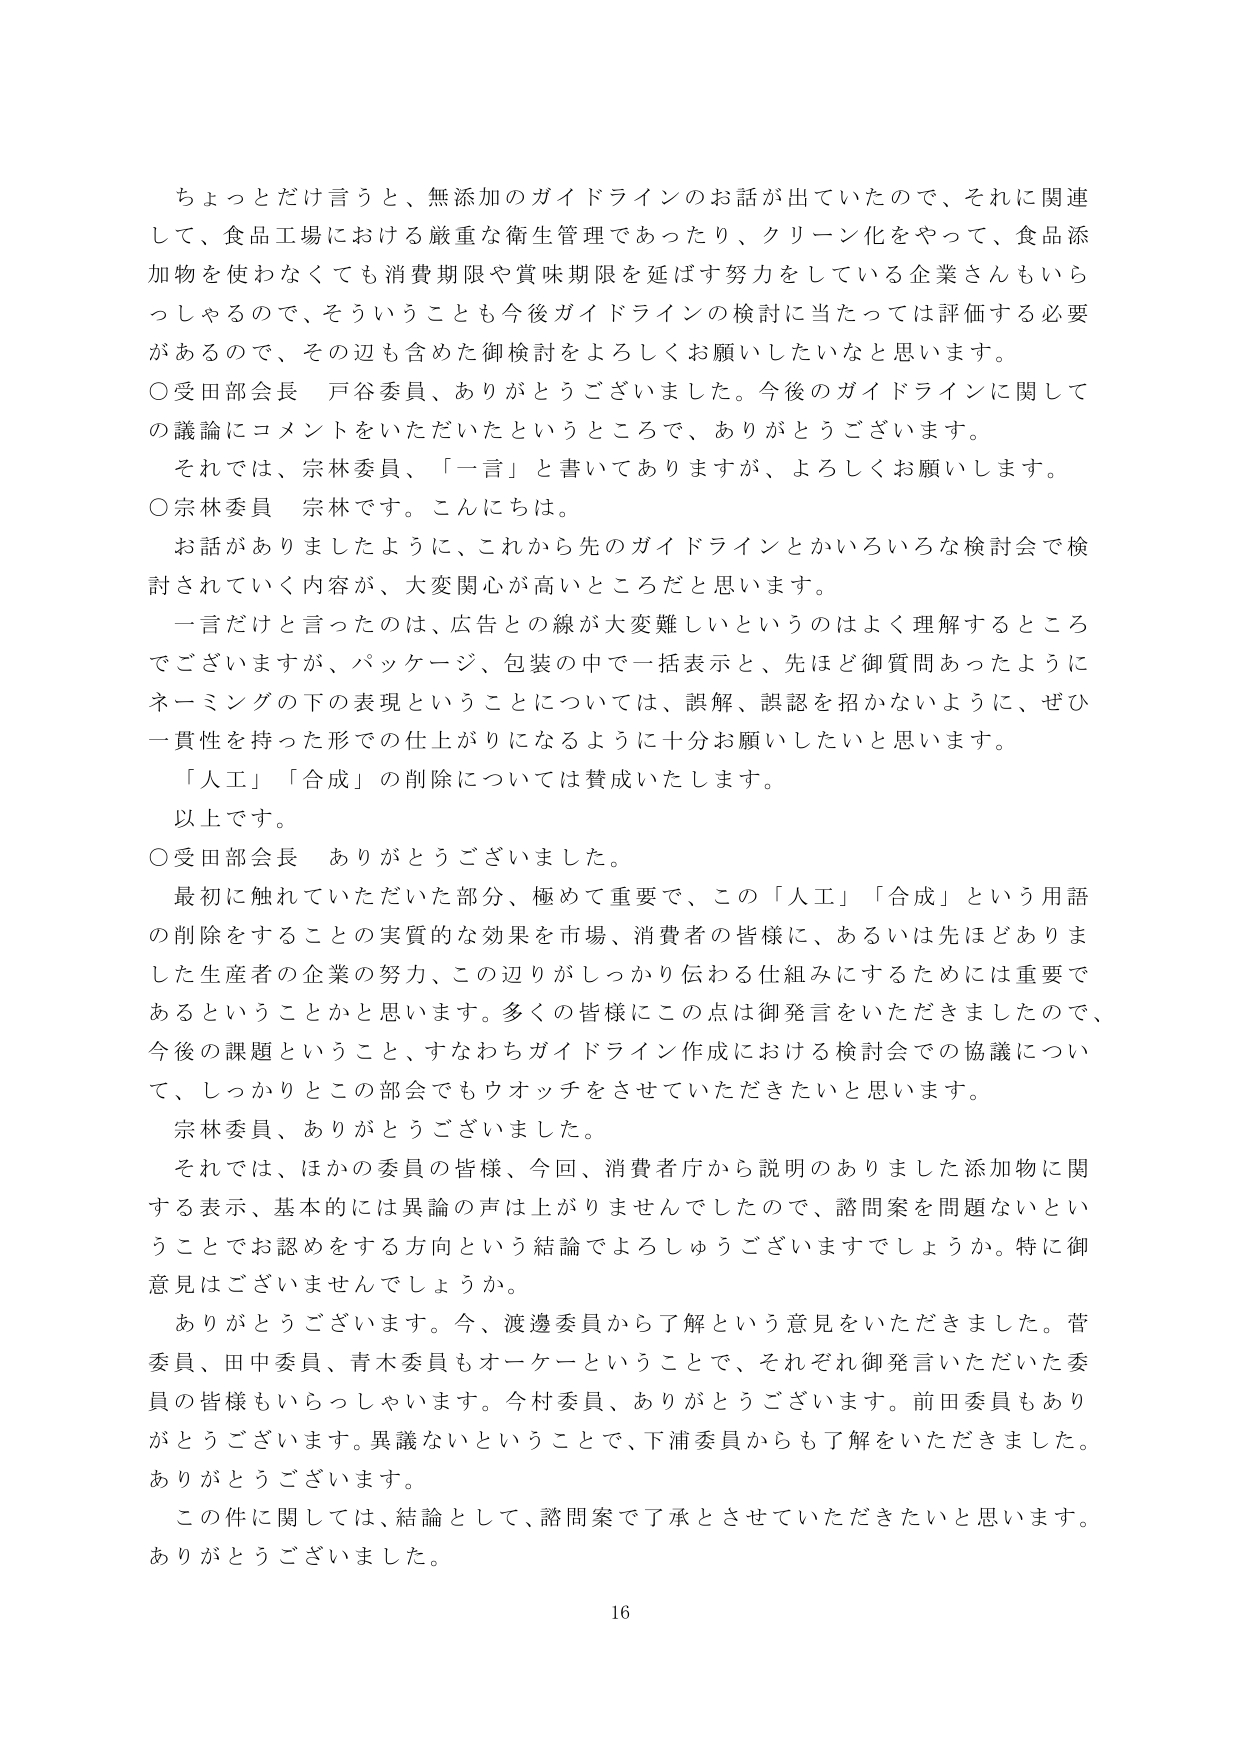
ちょっとだけ言うと、無添加のガイドラインのお話が出ていたので、それに関連して、食品工場における厳重な衛生管理であったり、クリーン化をやって、食品添加物を使わなくても消費期限や賞味期限を延ばす努力をしている企業さんもいらっしゃるので、そういうことも今後ガイドラインの検討に当たっては評価する必要があるので、その辺も含めた御検討をよろしくお願いしたいなと思います。

○受田部会長 戸谷委員、ありがとうございました。今後のガイドラインに関しての議論にコメントをいただいたというところで、ありがとうございます。

それでは、宗林委員、「一言」と書いてありますか、よろしくお願いします。

○宗林委員 宗林です。こんにちは。

お話がありましたように、これから先のガイドラインとかいろいろな検討会で検討されていく内容が、大変関心が高いところだと思います。

一言だけと言ったのは、広告との線が大変難しいというのはよく理解するところでございますが、パッケージ、包装の中で一括表示と、先ほど御質問あったようにネーミングの下の表現ということについては、誤解、誤認を招かないように、ぜひ一貫性を持った形での仕上がりになるように十分お願いしたいと思います。

「人工」「合成」の削除については賛成いたします。

以上です。

○受田部会長 ありがとうございました。

最初に触れていただいた部分、極めて重要で、この「人工」「合成」という用語の削除をすることの実質的な効果を市場、消費者の皆様に、あるいは先ほどありました生産者の企業の努力、この辺りがしっかり伝わる仕組みにするためには重要であるということかと思います。多くの皆様にこの点は御発言をいただきましたので、今後の課題ということで、すなわちガイドライン作成における検討会での協議について、しっかりとこの部会でもウォッチをさせていただきたいと思います。

宗林委員、ありがとうございました。

それでは、ほかの委員の皆様、今回、消費者庁から説明のありました添加物に関する表示、基本的には異論の声は上がりませんでしたので、諮問案を問題ないということでお認めをする方向という結論でよろしうございますでしょうか。特に御意見はございませんでしょうか。

ありがとうございます。今、渡邊委員から了解という意見をいただきました。菅委員、田中委員、青木委員もオーケーということで、それぞれ御発言いただいた委員の皆様もいらっしゃいます。今村委員、ありがとうございます。前田委員もありがとうございます。異議ないということで、下浦委員からも了解をいただきました。ありがとうございます。

この件に関しては、結論として、諮問案で了承とさせていただきたいと思います。ありがとうございました。

16